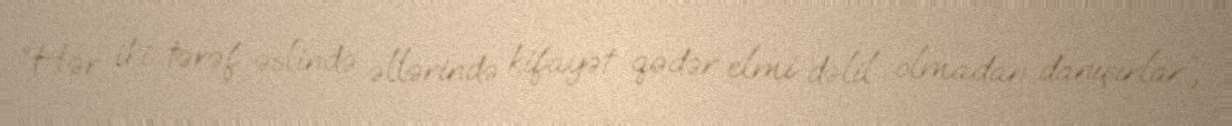
“Hər iki tərəf əslində əllərində kifayət qədər elmi dəlil olmadan danışırlar”,